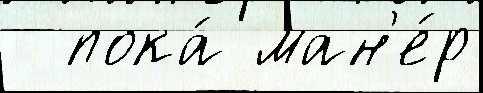
  пока́ ман'е́р